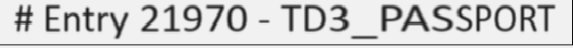
# Entry 21970 - TD3_PASSPORT